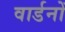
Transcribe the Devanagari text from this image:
वार्डनों